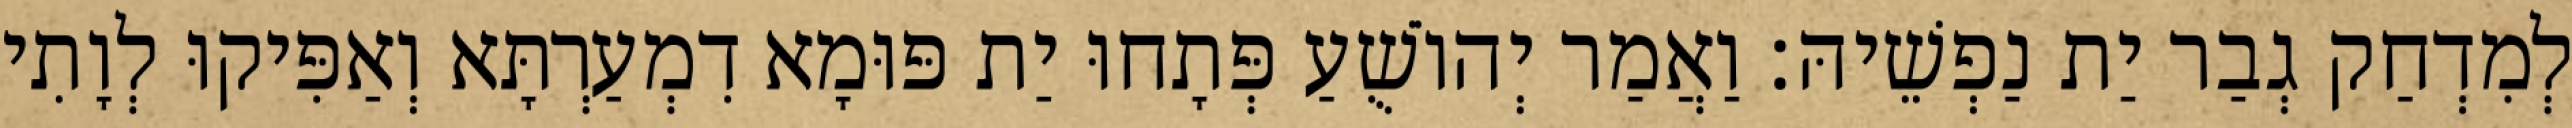
לְמִדְחַק גְבַר יַת נַפְשֵׁיהּ׃ וַאֲמַר יְהוֹשֻׁעַ פְּתָחוּ יַת פּוּמָא דִמְעַרְתָּא וְאַפִּיקוּ לְוָתִי